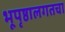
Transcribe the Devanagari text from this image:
भूपृष्ठालगतचा